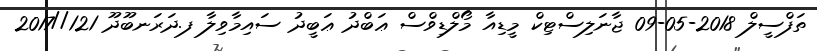
ތަފްސީލް 2018-05-09 ޖާނަލިސްޓިކް މީޑިއާ މޯލްޑިވްސް ޢަބްދު ޢަބީދު ސައިމާވިލާ ފ.ދަރަނބޫދޫ 121//2017